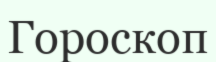
Гороскоп